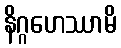
နိဂ္ဂဟေဿာမိ